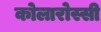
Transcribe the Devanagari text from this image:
कोलारोस्सी